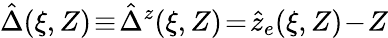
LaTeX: \hat{\Delta}(\xi,Z)\! \equiv\! \hat{\Delta}^{z}(\xi,Z)\! =\! \hat{z}_{e}(\xi,Z)\! -\! Z